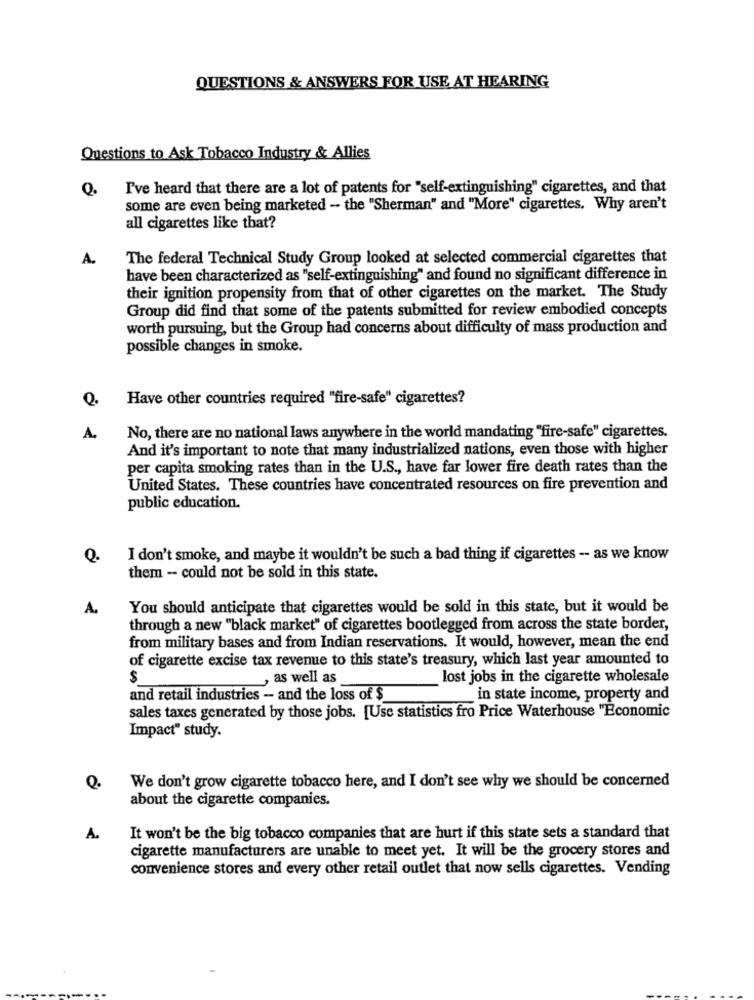
QUESTIONS & ANSWERS FOR USE AT HEARING
Questions to Ask Tobacco Industry & Allies
Q.
I've heard that there are a lot of patents for "self-extinguishing" cigarettes, and that
some are even being marketed - the "Sherman" and "More" cigarettes. Why aren't
all cigarettes like that?
A.
The federal Technical Study Group looked at selected commercial cigarettes that
have been characterized as "self-extinguishing" and found no significant difference in
their ignition propensity from that of other cigarettes on the market. The Study
Group did find that some of the patents submitted for review embodied concepts
worth pursuing, but the Group had concerns about difficulty of mass production and
possible changes in smoke.
Have other countries required "fire-safe" cigarettes?
A.
No, there are no national laws anywhere in the world mandating "fire-safe" cigarettes.
And it's important to note that many industrialized nations, even those with higher
per capita smoking rates than in the U.S ., have far lower fire death rates than the
United States. These countries have concentrated resources on fire prevention and
public education.
Q.
I don't smoke, and maybe it wouldn't be such a bad thing if cigarettes -- as we know
them - could not be sold in this state.
A.
You should anticipate that cigarettes would be sold in this state, but it would be
through a new "black market" of cigarettes bootlegged from across the state border,
from military bases and from Indian reservations. It would, however, mean the end
of cigarette excise tax revenue to this state's treasury, which last year amounted to
$
, as well as
lost jobs in the cigarette wholesale
and retail industries - and the loss of $
in state income, property and
sales taxes generated by those jobs. [Use statistics fro Price Waterhouse "Economic
Impact" study.
Q.
We don't grow cigarette tobacco here, and I don't see why we should be concerned
about the cigarette companies.
1
It won't be the big tobacco companies that are hurt if this state sets a standard that
cigarette manufacturers are unable to meet yet. It will be the grocery stores and
convenience stores and every other retail outlet that now sells cigarettes. Vending